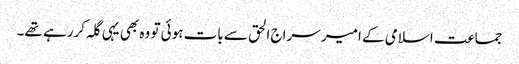
جماعت اسلامی کے امیر سراج الحق سے بات ہوئی تو وہ بھی یہی گلہ کررہے تھے۔